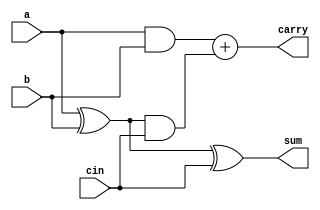
module Fulladder_data(
  
   input a,
   input b,
   input cin,
   output reg sum,
   output reg carry
);

reg sum1;
reg carry1;
reg carry2;

  always @(a or b or cin) begin
   
  sum1=a^b;
  carry1=a&b;
  carry2=sum1&cin;
  sum=sum1^cin;
  carry=carry1+carry2;
  end

endmodule